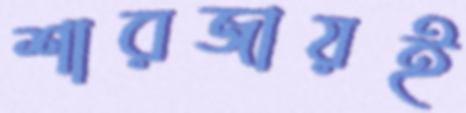
শারজায়ই